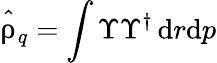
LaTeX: \hat{\uprho}_{q}=\int\Upsilon\Upsilon^{\dagger}\, {\mathrm{d}}r{\mathrm{d}}p